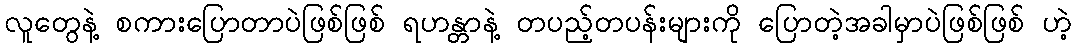
လူတွေနဲ့ စကားပြောတာပဲဖြစ်ဖြစ် ရဟန္တာနဲ့ တပည့်တပန်းများကို ပြောတဲ့အခါမှာပဲဖြစ်ဖြစ် ဟဲ့